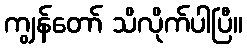
ကျွန်တော် သိလိုက်ပါပြီ။